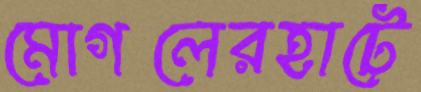
মোগলেরহাটে